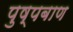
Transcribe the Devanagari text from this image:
पुष्पबाण